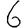
Digit: 6